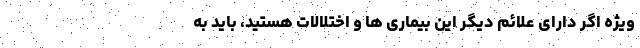
ویژه اگر دارای علائم دیگر این بیماری ها و اختلالات هستید، باید به